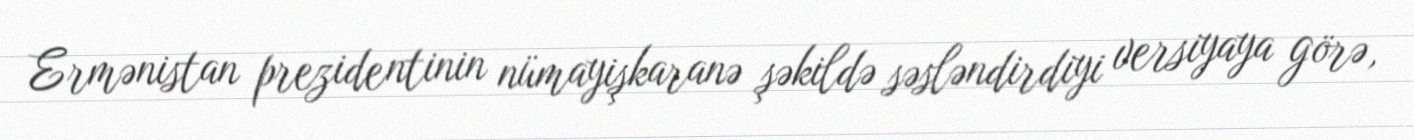
Ermənistan prezidentinin nümayişkaranə şəkildə səsləndirdiyi versiyaya görə,